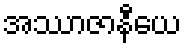
အဿာဇာနီယေ